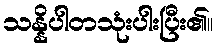
သန္နိပါတသုံးပါးပြီး၏။